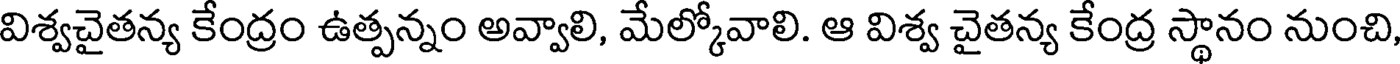
విశ్వచైతన్య కేంద్రం ఉత్పన్నం అవ్వాలి, మేల్కోవాలి. ఆ విశ్వ చైతన్య కేంద్ర స్థానం నుంచి